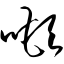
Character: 吨